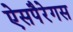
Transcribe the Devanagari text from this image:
ऐसपैरेगस